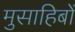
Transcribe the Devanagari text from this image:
मुसाहिबों